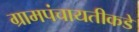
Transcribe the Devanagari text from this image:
ग्रामपंचायतीकडे